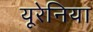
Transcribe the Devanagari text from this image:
यूरेनिया